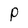
Character: P